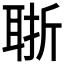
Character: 𦕶